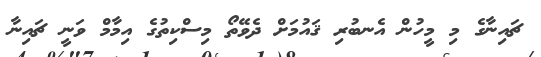
ޗައިނާގެ މި މީހުން އެނބުރި ޤައުމަށް ދެވޭތޯ މިސްކިތުގެ އިމާމް ވަނީ ޗައިނާ